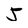
Character: J